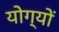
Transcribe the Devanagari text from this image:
योग्यों